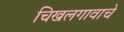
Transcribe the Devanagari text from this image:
चिखलगावाचे